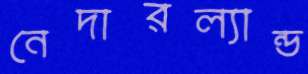
নেদারল্যান্ড